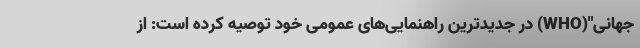
جهانی"(WHO) در جدیدترین راهنمایی‌های عمومی خود توصیه کرده است: از